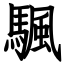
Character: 颿